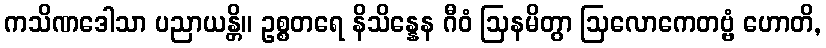
ကသိဏဒေါသာ ပညာယန္တိ။ ဥစ္စတရေ နိသိန္နေန ဂီဝံ ဩနမိတွာ ဩလောကေတဗ္ဗံ ဟောတိ,